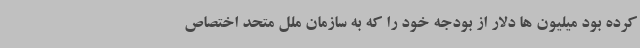
کرده بود میلیون ها دلار از بودجه خود را که به سازمان ملل متحد اختصاص